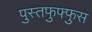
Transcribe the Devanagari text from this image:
पुस्तफुफ्फुस